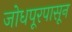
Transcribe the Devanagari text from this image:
जोधपूरपासून